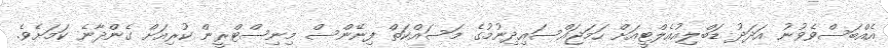
އެއްބަސްވެވުނު އަދަދު ޑަބްލިއުއެލްޓީއަށް ހަމަޖައްސައިދިނުމުގެ މަސައްކަތް ފިނޭންސް މިނިސްޓްރީން ކުރިއަށް ގެންދާނެ ކަމަށެވެ.